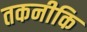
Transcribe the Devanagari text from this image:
तकनीकि